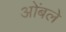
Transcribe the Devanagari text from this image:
ओंबले